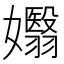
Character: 𡤖